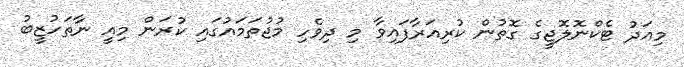
މިއަދު ޓެކްނޮލޮޖީގެ ގޮތުން ކުރިއަރާފައިވާ މި ދިވެހި މުޖުތަމައުގައި ކުރަން މިއީ ނާތަހުޒީބު